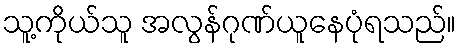
သူ့ကိုယ်သူ အလွန်ဂုဏ်ယူနေပုံရသည်။